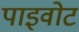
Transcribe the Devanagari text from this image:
पाइवोट